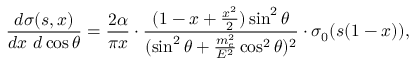
\frac { d \sigma ( s , x ) } { d x ~ d \cos { \theta } } = \frac { 2 \alpha } { \pi x } \cdot \frac { ( 1 - x + \frac { x ^ { 2 } } { 2 } ) \sin ^ { 2 } { \theta } } { ( \sin ^ { 2 } { \theta } + \frac { m _ { e } ^ { 2 } } { E ^ { 2 } } \cos ^ { 2 } { \theta } ) ^ { 2 } } \cdot \sigma _ { 0 } ( s ( 1 - x ) ) ,